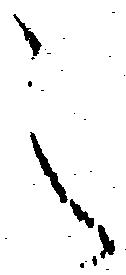
之